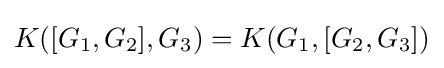
K([G_{1},G_{2}],G_{3})=K(G_{1},[G_{2},G_{3}])